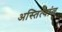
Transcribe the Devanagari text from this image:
अस्तित्वांत